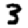
Digit: 3